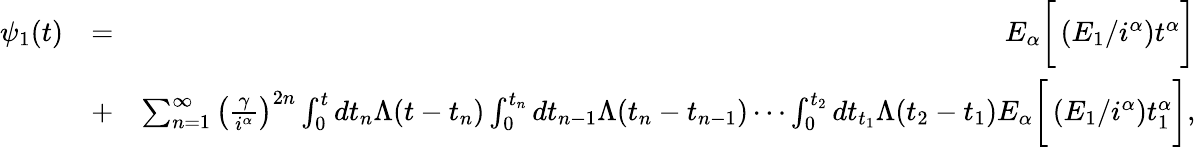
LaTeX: \begin{array}{rlr}{\psi_{1}(t)}&{=}&{E_{\alpha}\bigg[\left(E_{1}/i^{\alpha}\right)t^{\alpha}\bigg]}\\ &{+}&{\sum_{n=1}^{\infty}\left(\frac{\gamma}{i^{\alpha}}\right)^{2n}\int_{0}^{t}dt_{n}\Lambda(t-t_{n})\int_{0}^{t_{n}}dt_{n-1}\Lambda(t_{n}-t_{n-1})\cdots\int_{0}^{t_{2}}dt_{t_{1}}\Lambda(t_{2}-t_{1})E_{\alpha}\bigg[\left(E_{1}/i^{\alpha}\right)t_{1}^{\alpha}\bigg],}\end{array}